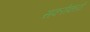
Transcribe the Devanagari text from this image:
सकरोकारों